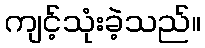
ကျင့်သုံးခဲ့သည်။